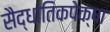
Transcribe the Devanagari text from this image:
सैद्धांतिकपेक्षा